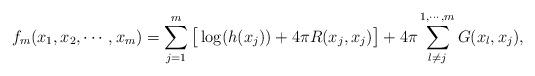
LaTeX: \begin{align*}&f_m(x_1,x_2,\cdots,x_m)=\sum_{j=1}^{m}\big[\log(h(x_j))+4\pi R(x_j,x_j)\big]+4\pi\sum_{l\neq j}^{1,\cdots,m}G(x_l,x_j),\end{align*}